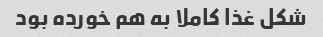
شکل غذا کاملا به هم خورده بود